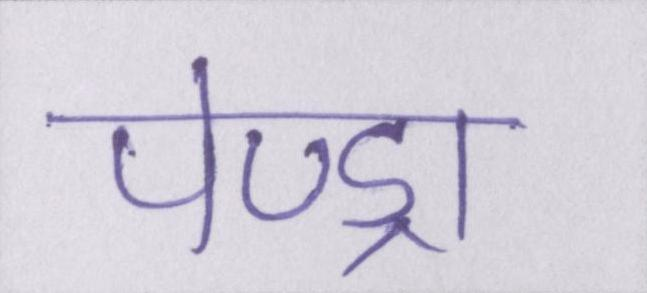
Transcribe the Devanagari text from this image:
पेण्ड्रा